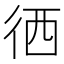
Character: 徆